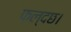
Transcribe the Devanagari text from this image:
फल्दछ।